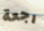
رجعة